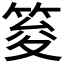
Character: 𥭟